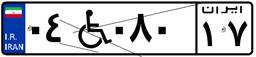
۰۴W۰۸۰۱۷